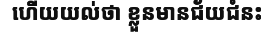
ហើយយល់ថា ខ្លួនមានជ័យជំនះ